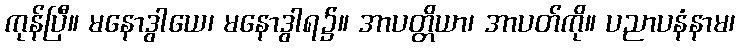
ကုန်ပြီ။ မနောဒွါယေ၊ မနောဒွါရ၌။ အာပတ္တိယာ၊ အာပတ်ကို။ ပညာပနံနာမ၊